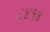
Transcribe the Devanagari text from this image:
८४१४